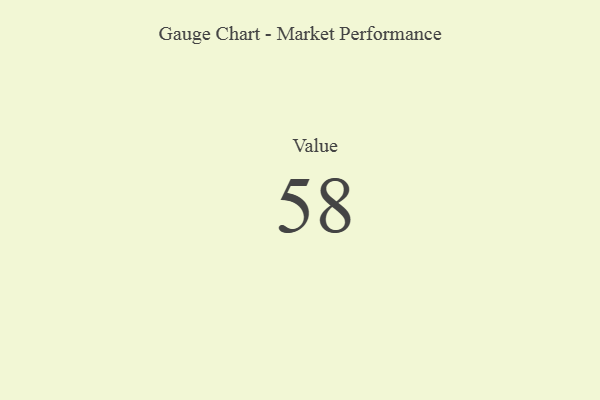
{"axis": {"x": "Metric", "y": "Value"}, "legend": [""], "data": [{"x": "Value", "y": 58, "type": ""}]}